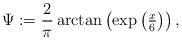
LaTeX: \begin{align*}\Psi:=\dfrac{2}{\pi}\arctan\left(\exp\big(\tfrac{x}{6}\big)\right),\end{align*}